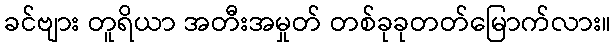
ခင်ဗျား တူရိယာ အတီးအမှုတ် တစ်ခုခုတတ်မြောက်လား။